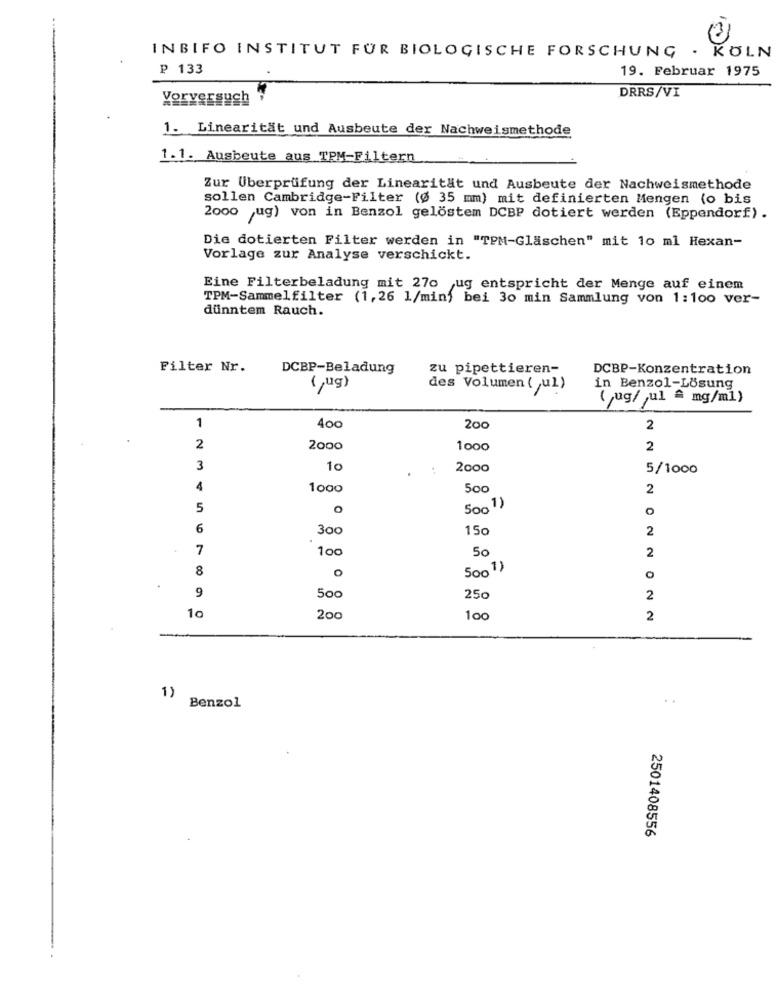
INBIFO INSTITUT FUR BIOLOGISCHE FORSCHUNG
. KOLN
₽ 133
19. Februar 1975
DRRS/VI
Vorversuch
1. Linearität und Ausbeute der Nachweismethode
1.1. Ausbeute aus TPM-Filtern
Zur Überprüfung der Linearität und Ausbeute der Nachweismethode
sollen Cambridge-Filter (Ø 35 mm) mit definierten Mengen (o bis
2000 ug) von in Benzol gelöstem DCBP dotiert werden (Eppendorf) .
Die dotierten Filter werden in "TPM-Gläschen" mit 10 ml Hexan-
Vorlage zur Analyse verschickt.
Eine Filterbeladung mit 270 ug entspricht der Menge auf einem
TPM-Sammelfilter (1,26 1/min) bei 30 min Sammlung von 1:100 ver-
dünntem Rauch.
Filter Nr.
DCBP-Beladung
zu pipettieren-
DCBP-Konzentration
(,0g)
des Volumen ( ul)
in Benzol-Lösung
(ug/ ,ul # mg/ml)
1
200
2
2
2000
1000
2
3
10
2000
5/1000
4
1000
2
5
O
5001)
O
6
30c
150
2
7
100
50
2
8
O
5001)
O
9
500
250
2
10
200
100
2
1)
Benzol
2501408556